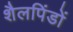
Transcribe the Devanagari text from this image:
शैलपिंडों